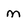
Character: m